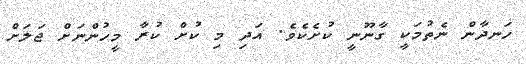
ހަނދާން ނެތުމަކީ ގާނޫނީ ކުށެކެވެ. އަދި މި ކުށް ކުރާ މީހުންނަށް ޖަލަށް